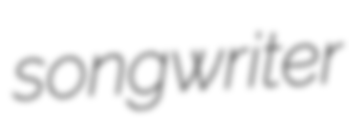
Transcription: songwriter